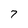
Character: 7